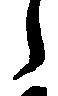
々